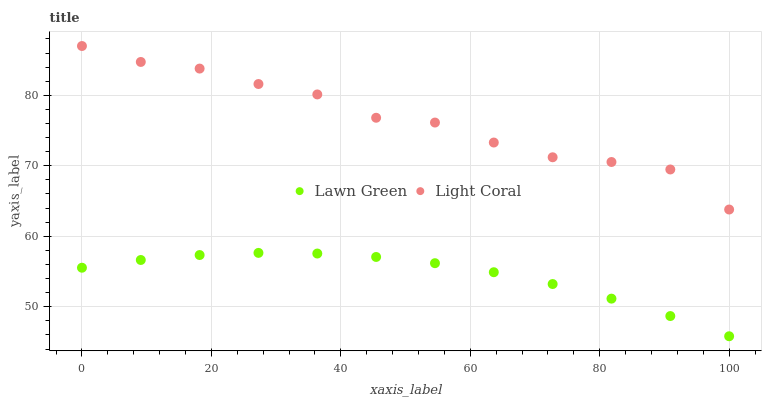
| xaxis_label | Lawn Green | Light Coral |
 | --- | --- | --- |
 | 0 | 55.5 | 87 |
 | 9.09 | 56.6 | 84.7 |
 | 18.2 | 57.3 | 83.8 |
 | 27.3 | 57.6 | 81.6 |
 | 36.4 | 57.6 | 80.1 |
 | 45.5 | 57.1 | 76.8 |
 | 54.5 | 56.2 | 76.1 |
 | 63.6 | 54.9 | 73.3 |
 | 72.7 | 53.2 | 71.2 |
 | 81.8 | 51.1 | 70.5 |
 | 90.9 | 48.7 | 69.5 |
 | 100 | 45.8 | 63.8 |